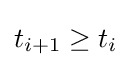
t_{i+1}\geq t_{i}